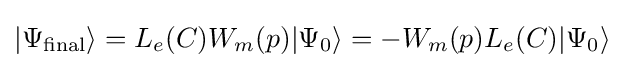
|\Psi _{\text{final}}\rangle =L_{e}(C)W_{m}(p)|\Psi _{0}\rangle =-W_{m}(p)L_{e}(C)|\Psi _{0}\rangle